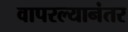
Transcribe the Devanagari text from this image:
वापरल्यानंतर